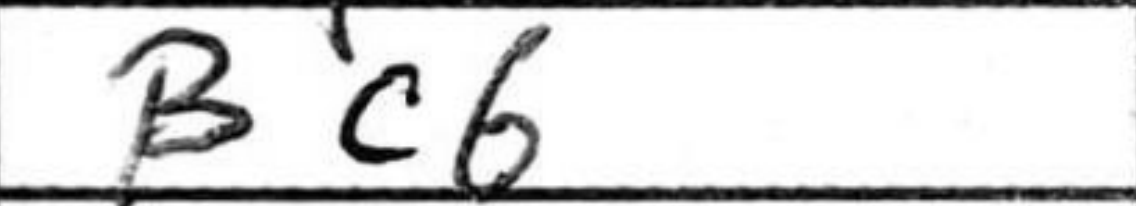
Transcription: Bc6